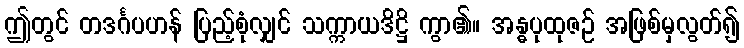
ဤတွင် တဒင်္ဂပဟန် ပြည့်စုံလျှင် သက္ကာယဒိဋ္ဌိ ကွာ၏။ အန္ဓပုထုဇဉ် အဖြစ်မှလွတ်၍